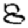
Digit: 8